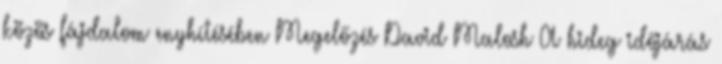
közös fájdalom enyhítésében Megelőzés David Malosh A hideg időjárás